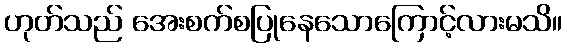
ဟုတ်သည် အေးစက်စပြုနေသောကြောင့်လားမသိ။